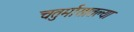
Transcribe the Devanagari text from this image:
चतुर्मासातल्या